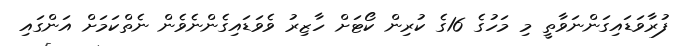
ފުރާވަޑައިގަންނަވާތީ މި މަހުގެ 16ގެ ކުރިން ކޯޓަށް ހާޒިރު ވެވަޑައިގެންނެވެން ނެތްކަމަށް އަންގައި